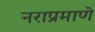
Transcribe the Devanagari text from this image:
नराप्रमाणे